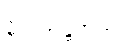
မိုင်းအန္တရာယ်